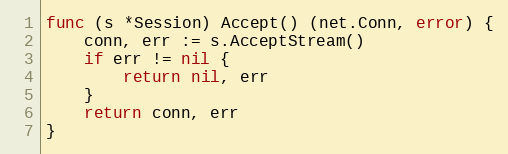
Language: Go
func (s *Session) Accept() (net.Conn, error) {
	conn, err := s.AcceptStream()
	if err != nil {
		return nil, err
	}
	return conn, err
}